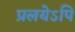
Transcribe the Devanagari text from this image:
प्रलयेऽपि